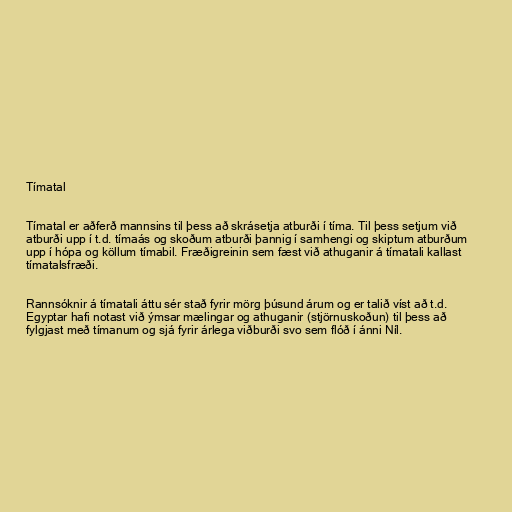
Tímatal

Tímatal er aðferð mannsins til þess að skrásetja atburði í tíma. Til þess setjum við
atburði upp í t.d. tímaás og skoðum atburði þannig í samhengi og skiptum atburðum
upp í hópa og köllum tímabil. Fræðigreinin sem fæst við athuganir á tímatali kallast
tímatalsfræði.

Rannsóknir á tímatali áttu sér stað fyrir mörg þúsund árum og er talið víst að t.d.
Egyptar hafi notast við ýmsar mælingar og athuganir (stjörnuskoðun) til þess að
fylgjast með tímanum og sjá fyrir árlega viðburði svo sem flóð í ánni Níl.